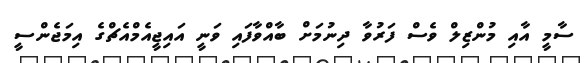
ސާމީ އާއި މުންޒިލް ވެސް ފަރުވާ ދިނުމަށް ބާއްވާފައި ވަނީ އައިޖީއެމްއެޗްގެ އިމަޖެންސީ